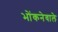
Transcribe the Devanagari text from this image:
भोंकनेवाले